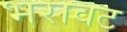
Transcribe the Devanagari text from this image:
भरावट